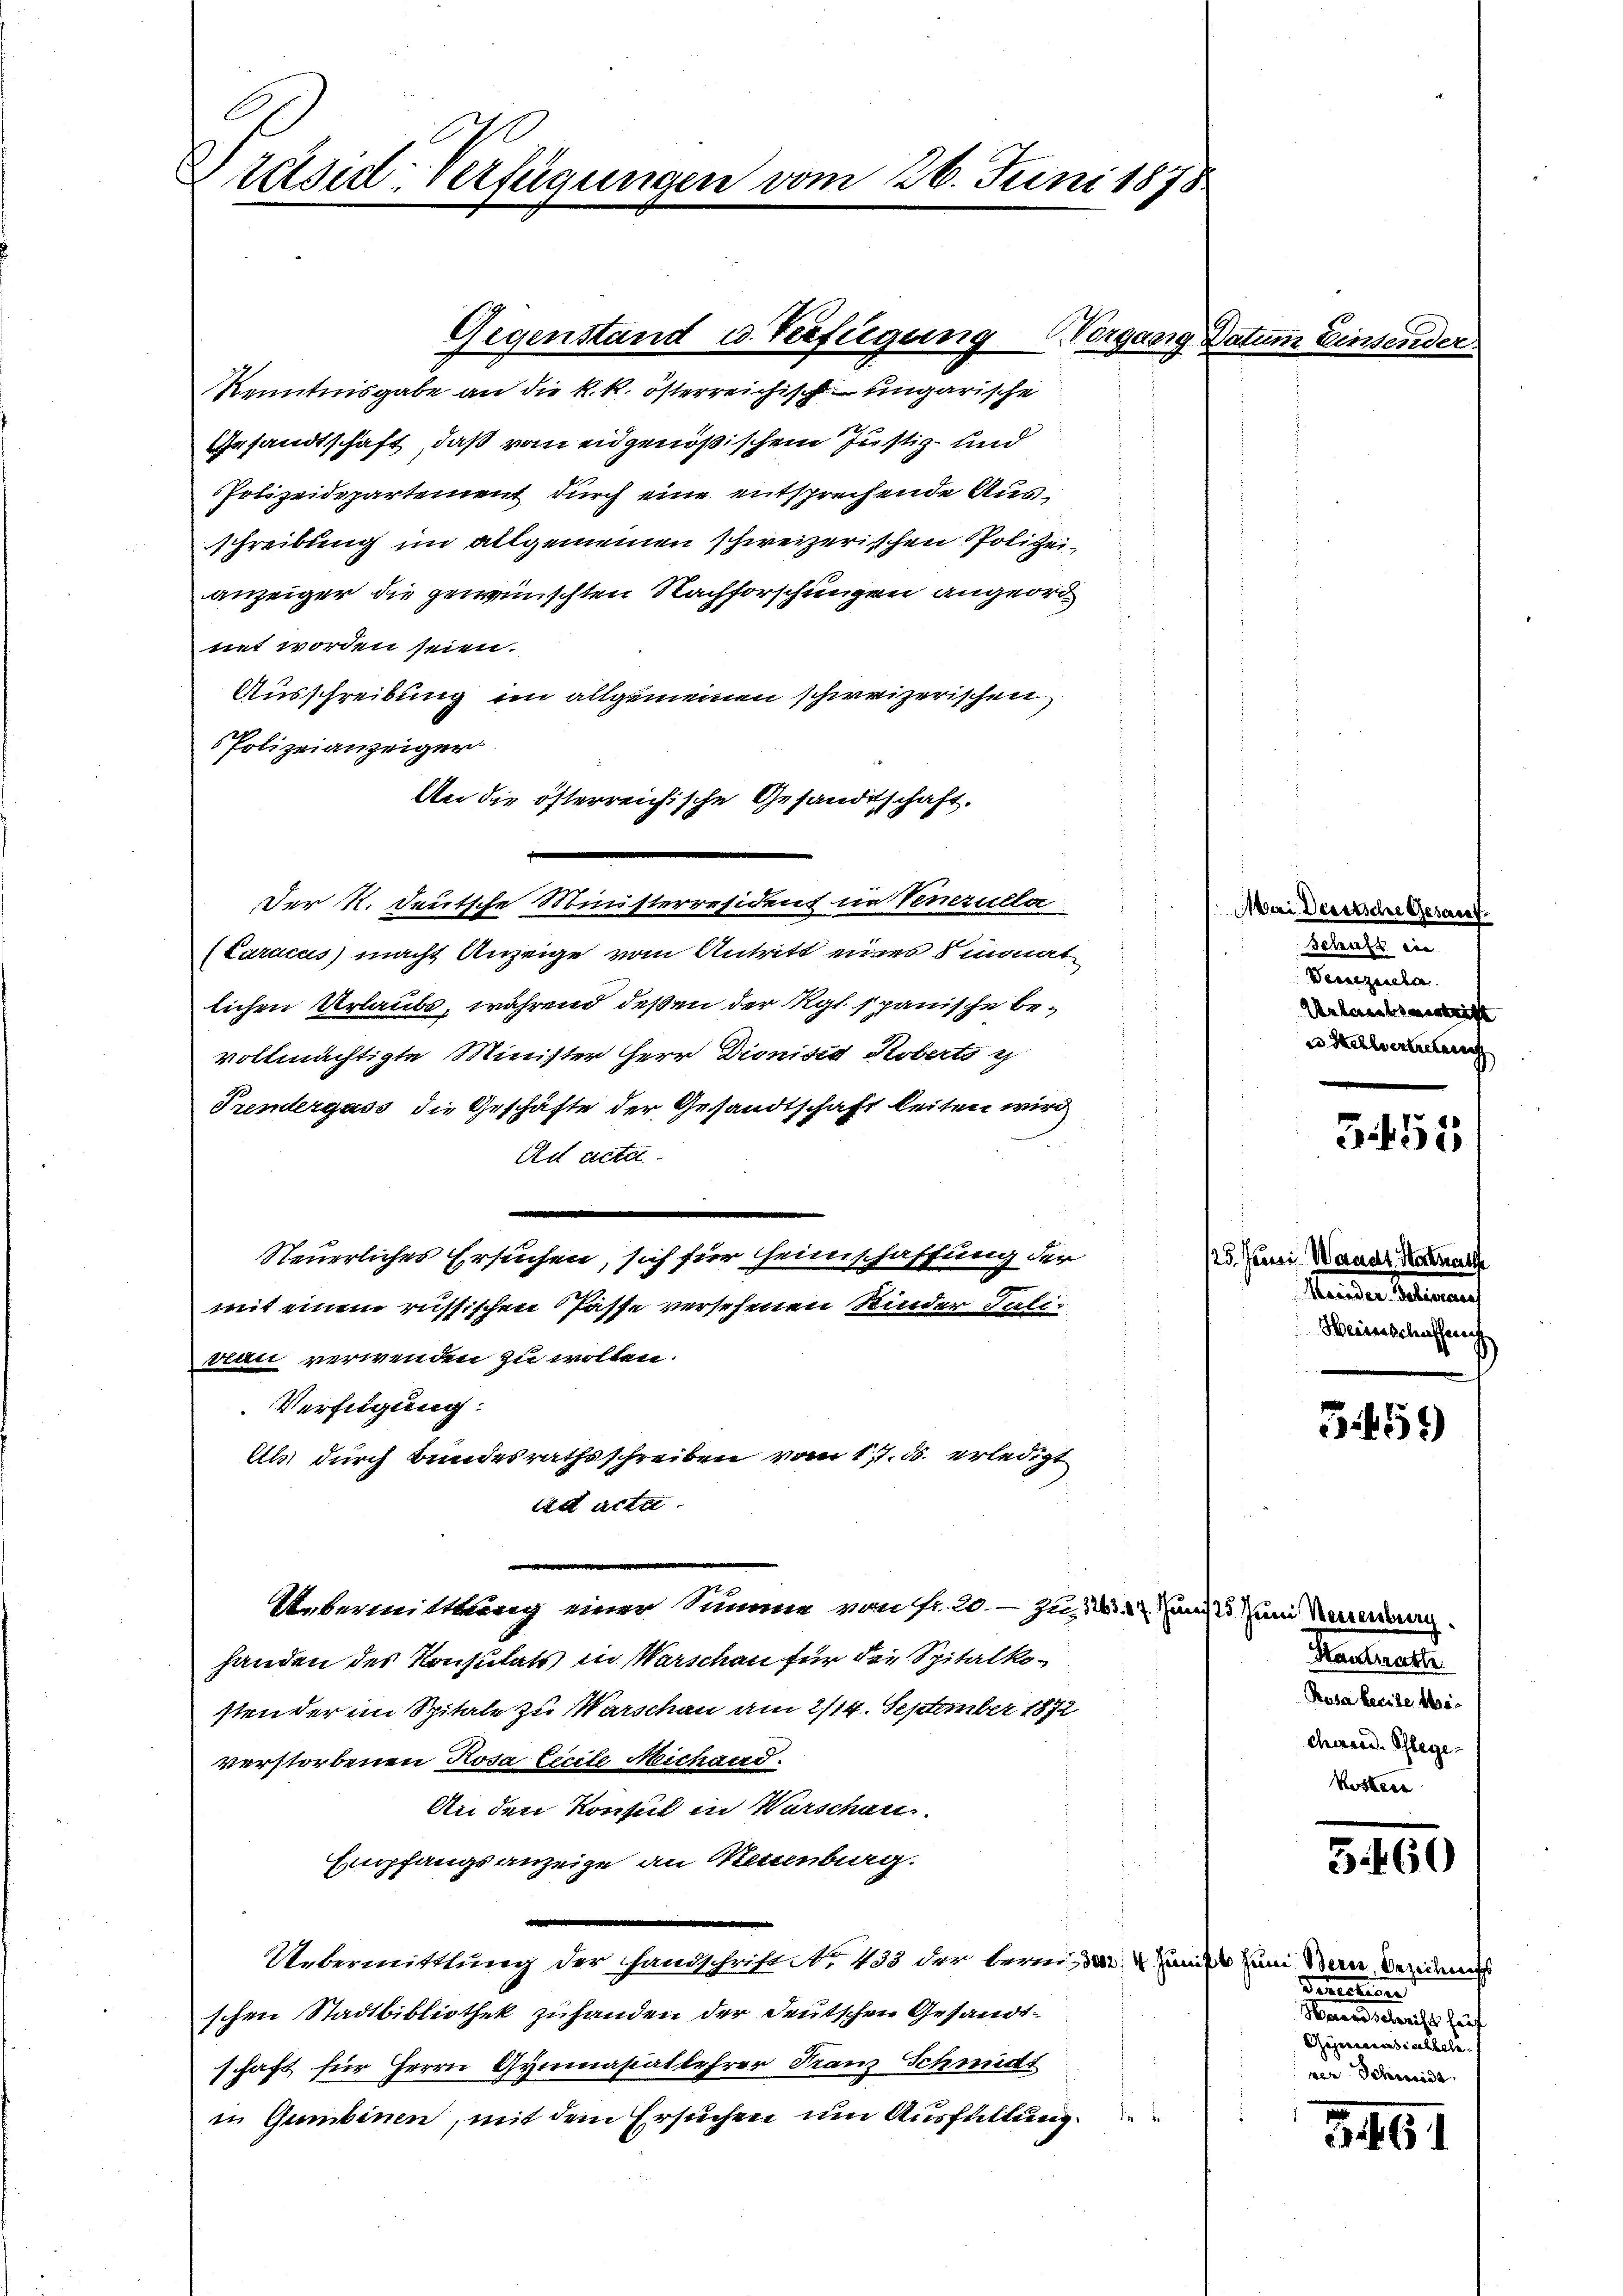
Präsidl verfügungen vom 26. Juni 1878

Gegenstand u. Verfügung

Steuerliches Ersuchen, sich für seinschaffung der u. Juni Manal Kan

Vorgang

Kenntnisgabe an die k. k. österreichisch ungarische
Gesandtschaft, daß vom eidgenößischem Justiz- und
Polizeidepartement durch eine entsprechende Ausschreibung im allgemeinen schweizerischen Polizeianzeiger die gewünschten Nachforschungen angeordnet worden seien.
Ausschreibung im allgemeinen schweizerischen
5 Polizeianzeiger
An die österreichische Gesandtschaft.
.
Der K. Deutsche Ministerresident im Venezulla
(Laracus) macht Anzeige vom Antritt eines Simonat
lichen Urlaube, während deßen der Ryt spanische bevollmächtigte Minister Herr Dionisis Koberts z
Trendergass die Geschäfte der Gesandtschaft leiten wird
Ad acta
.
mit einem russischen Pässe versehenen Kinder Taliveau verwenden zu wolten.
Verfügung:
Als durch Bundesrathsschreiben vom 17. ds. erledigt
ad acta
Uebermittlung einer Summe von fr. 20.- zu 2. Zunft zum Neuerung
handen des Konsulats in Warschen für die Spitalkosten der im Spitale zu Warschau am 2114. September 1872
verstorbenen Rosa lecite Michard.
An den Konsul in Warschen.
Empfangsanzeige an Kettenburg.
Uebermittlung der Handschrift No. 433 der bereiter.  Zams zum Den Verans
schen Stadtbibliothek zuhanden der deutschen Gesandtschaft für Herrn Gymnasiallehrer Franz Schmidt
in Gumbinen, mit dem Ersuchen um Ausfüllung

Zinsender.

Mai Deutsche Gesamt
Schaft ein
Cemente
Urlaubsvertrift
e Stellvertretung

3455

standen Stellung
Weinschaffen

B 459)

Hautnach
Pusa beeise Meichereid. Stege¬
Kosterr

5.160

Sanction
ardschrift häuf
Ginneresialbele
rer Schmidt

3. 461